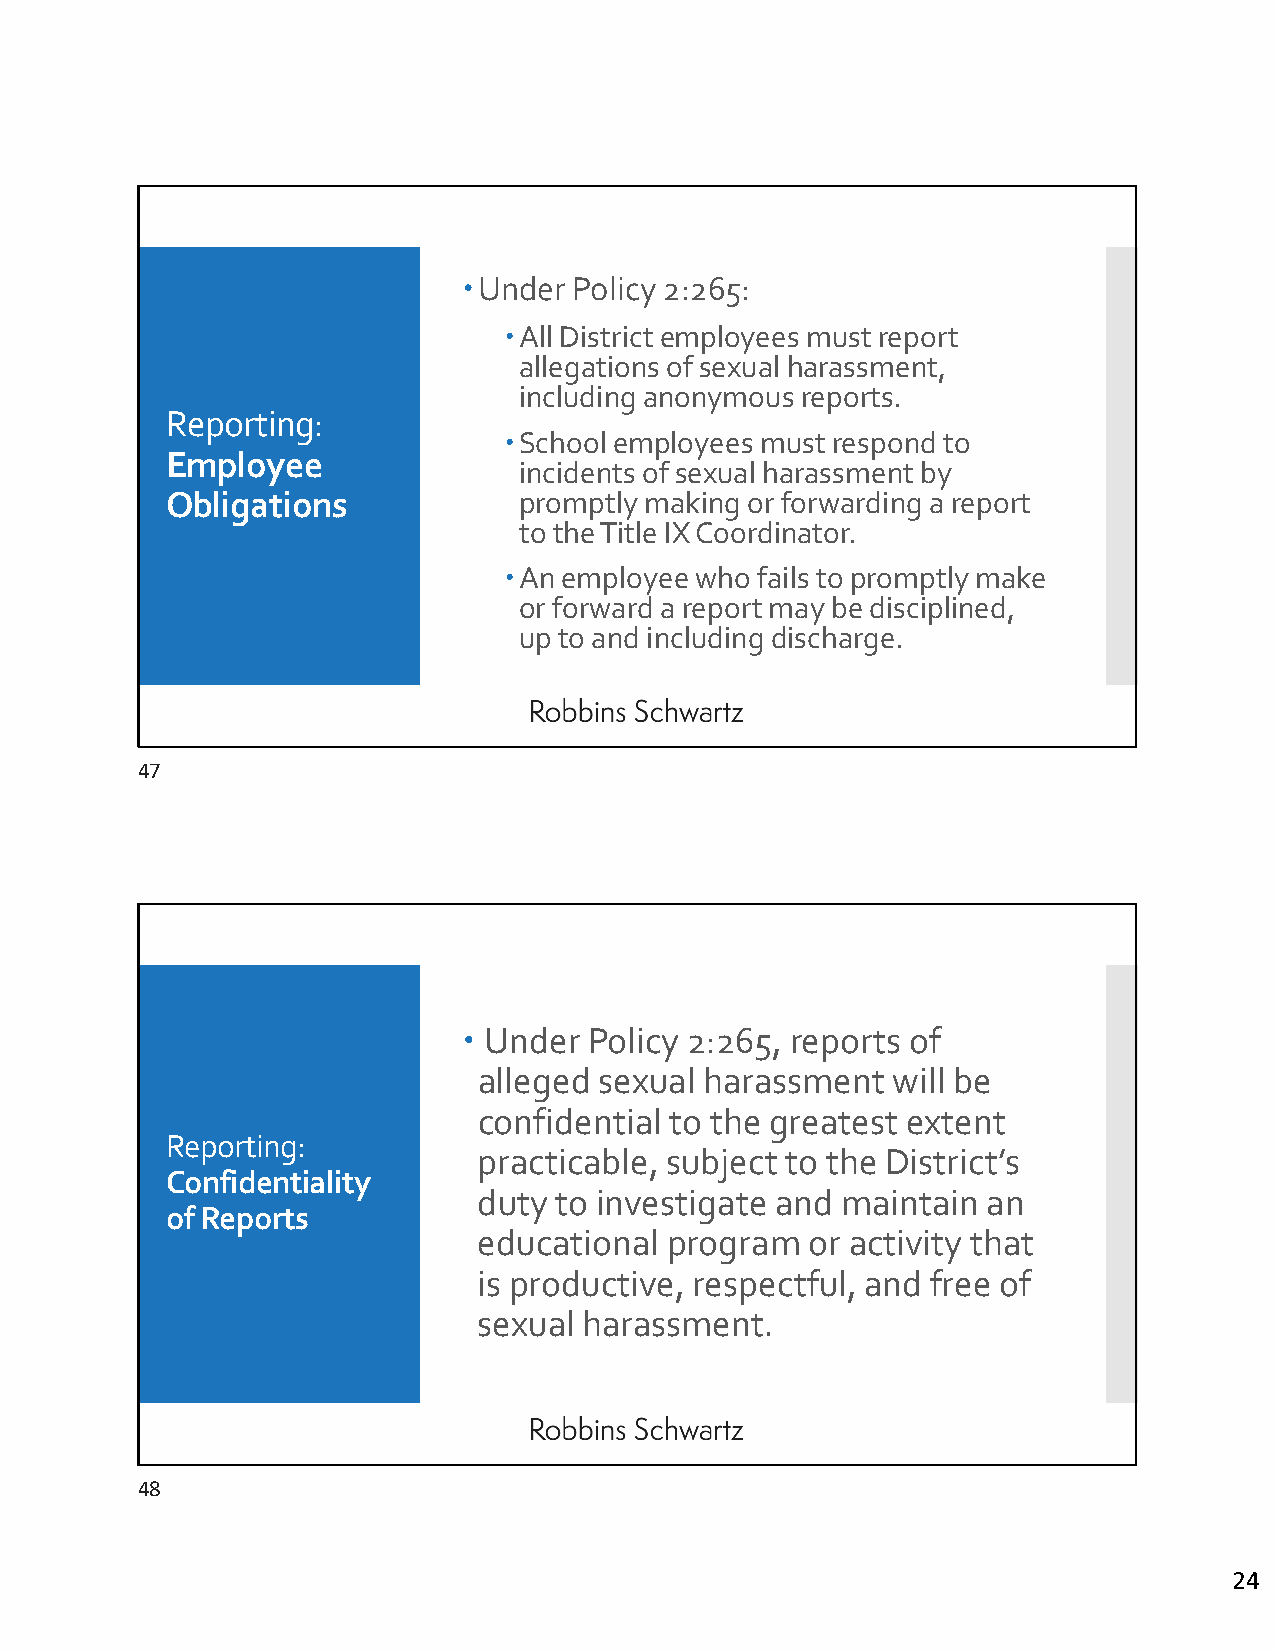
Under Policy 2:265:
 All District employees must report
 allegations of sexual harassment,
 including anonymous reports.
 Reporting:
 School employees must respond to
 Employee
 incidents of sexual harassment by
 Obligations            promptly making or forwarding a report
 to the Title IX Coordinator.
 An employee who fails to promptly make
 or forward a report may be disciplined,
 up to and including discharge.
 47
  Under Policy 2:265, reports of
 alleged sexual harassment  will be
 confidential to the greatest extent
 Reporting:
 practicable, subject to the District’s
 Confidentiality
 duty to investigate and maintain an
 of Reports
 educational program   or activity that
 is productive, respectful, and free of
 sexual harassment.
 48
 24